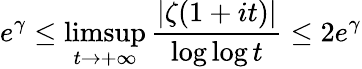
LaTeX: e^{\gamma}\leq\operatorname*{limsup}_{t\rightarrow+\infty}{\frac{|\zeta(1+it)|}{\log\log t}}\leq 2e^{\gamma}